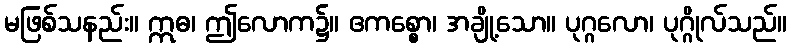
မဖြစ်သနည်း။ ဣဓ၊ ဤလောက၌။ ဧကစ္စော၊ အချို့သော။ ပုဂ္ဂလော၊ ပုဂ္ဂိုလ်သည်။